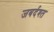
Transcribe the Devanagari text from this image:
जबर्दश्त